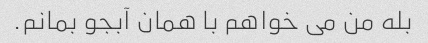
بله من می خواهم با همان آبجو بمانم.